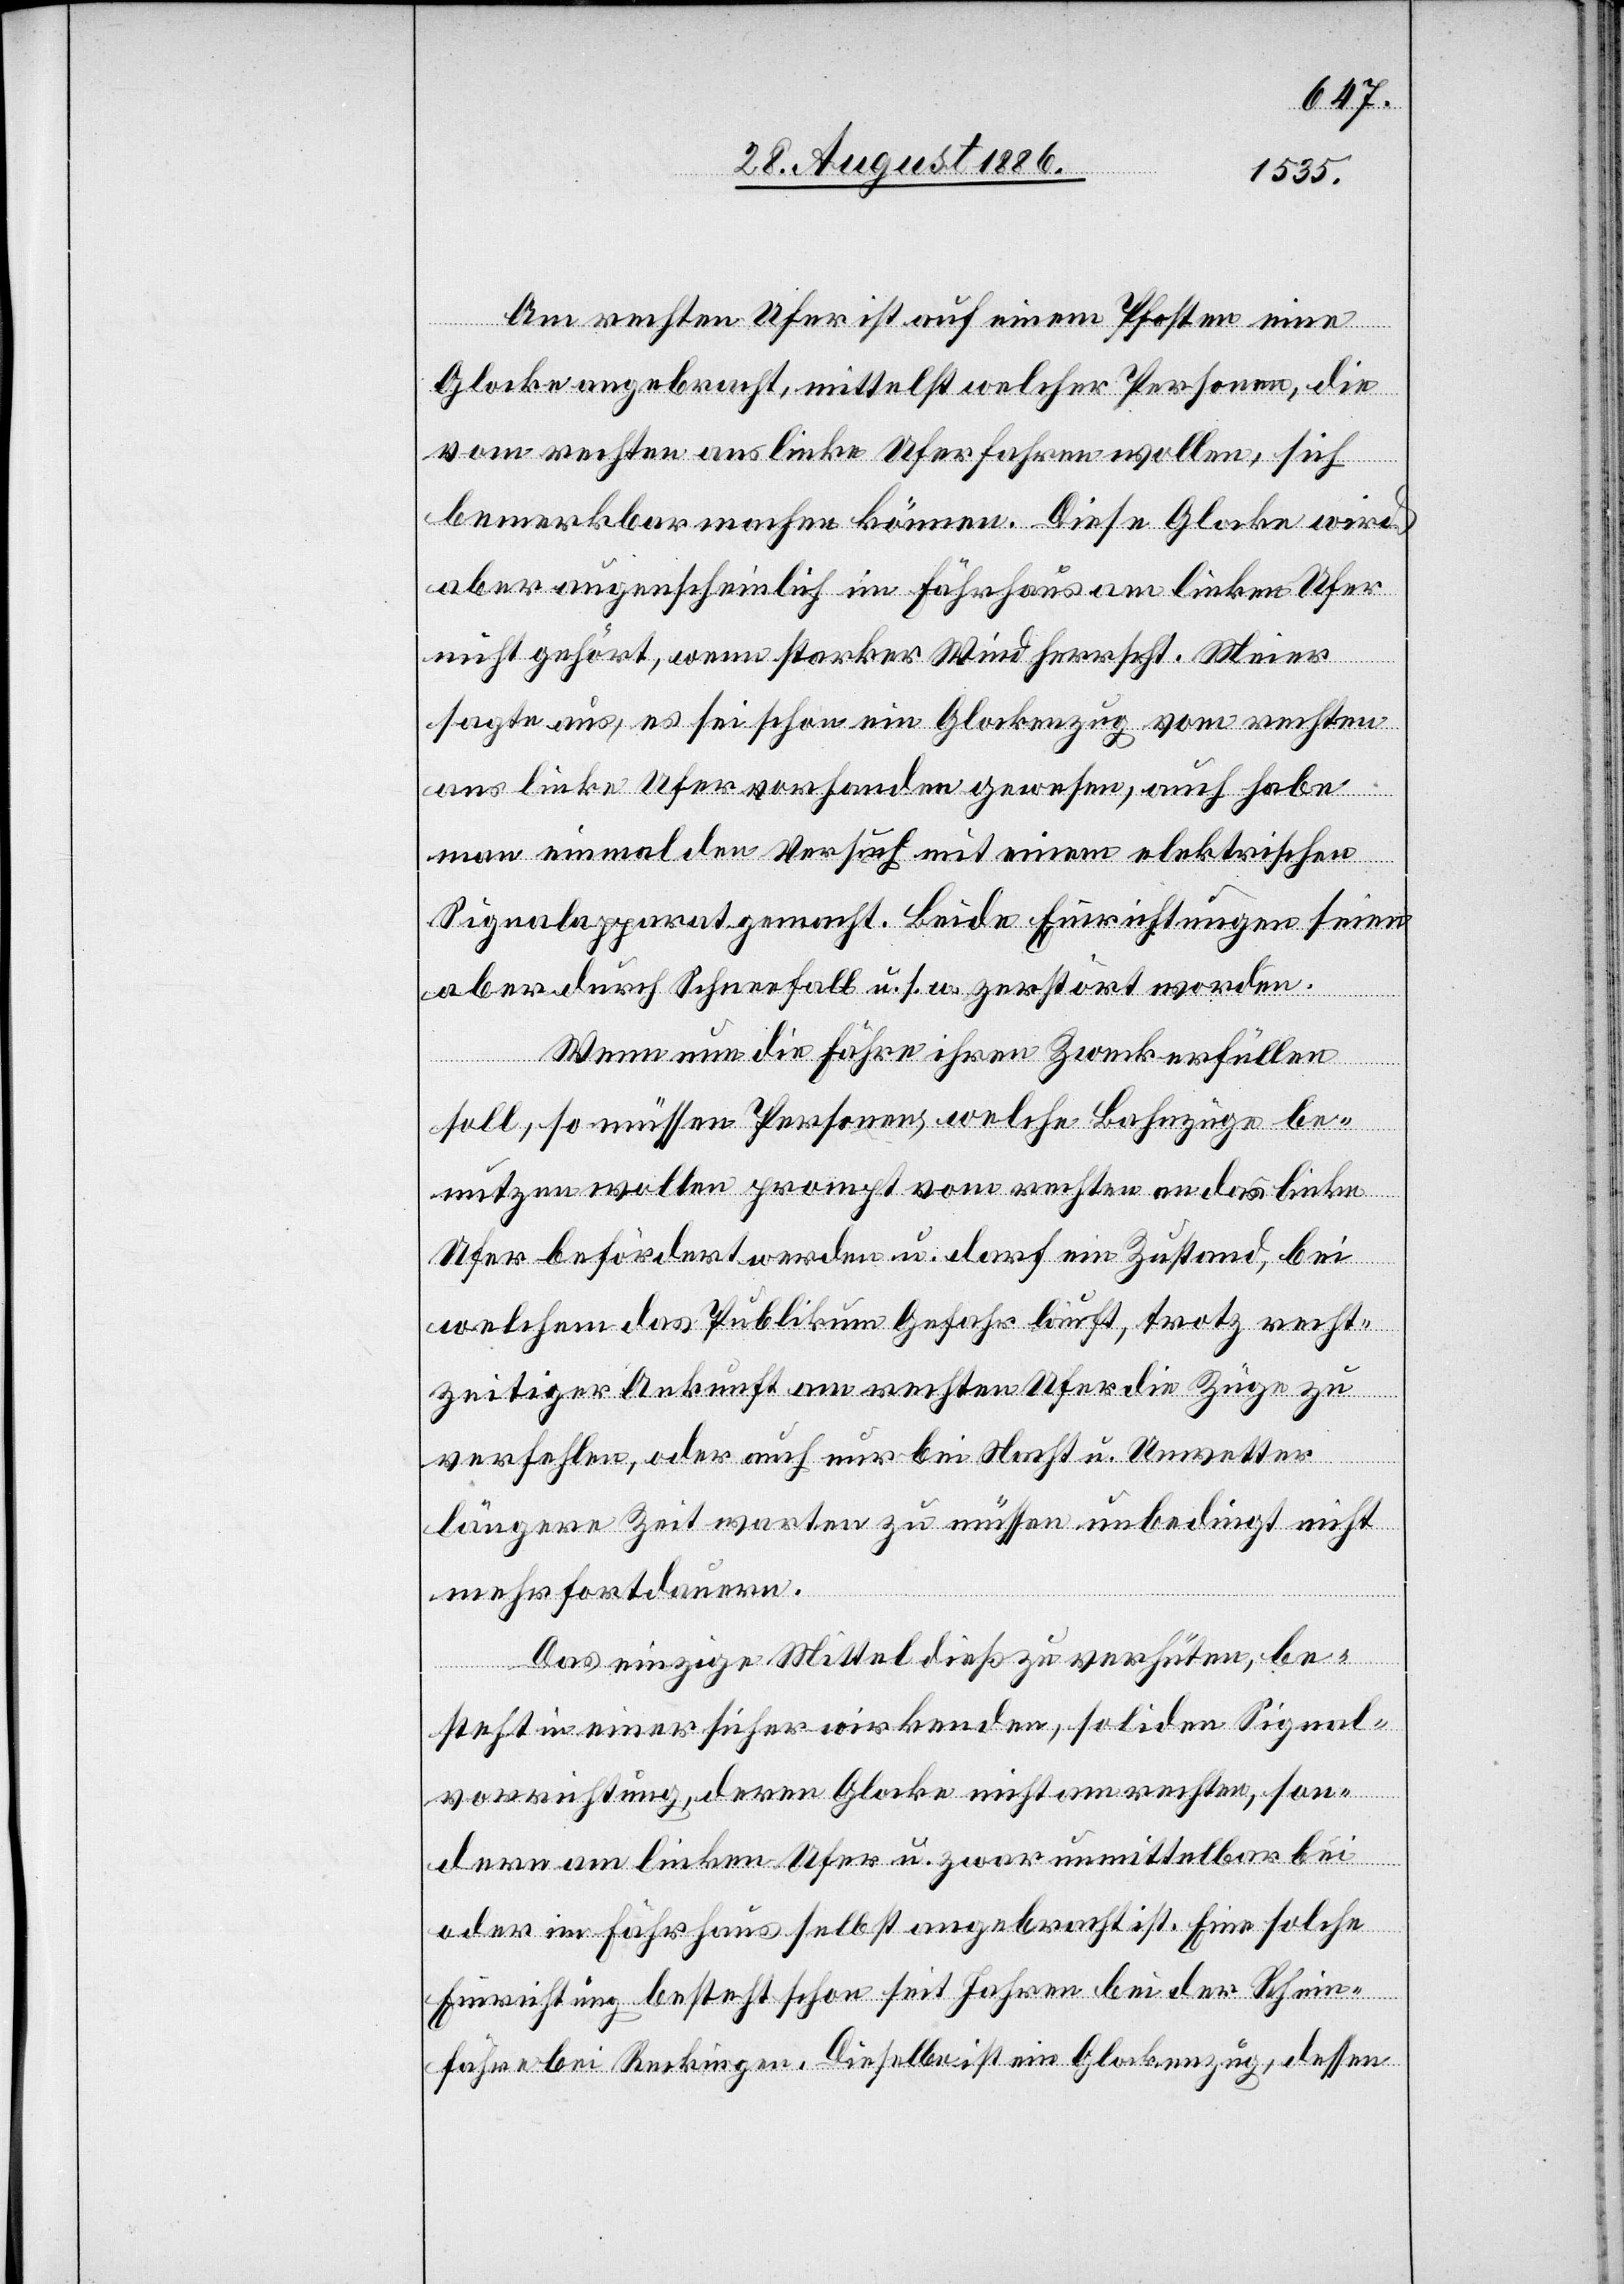
Am rechten Ufer ist auf einem Pfosten eine
Glocke angebracht, mittelst welcher Personen, die
vom rechten ans linke Ufer fahren wollen, sich
bemerkbar machen können. Diese Glocke wird
aber augenscheinlich im Fährhaus am linken Ufer
nicht gehört, wenn starker Wind herrscht. Meier
sagte aus, es sei schon ein Glockenzug vom rechten
ans linke Ufer vorhanden gewesen, auch habe
man einmal den Versuch mit einem elektrischen
Signalapparat gemacht. Beide Einrichtungen seien
aber durch Schneefall u. s. w. zerstört worden.
Wenn nun die Fähre ihren Zweck erfüllen
soll, so müssen Personen, welche Bahnzüge be¬
nutzen wollen prompt vom rechten an das linke
Ufer befördert werden u. darf ein Zustand, bei
welchem das Publikum Gefahr läuft, trotz recht¬
zeitiger Ankunft am rechten Ufer die Züge zu
verfehlen, oder auch nur bei Nacht u. Unwetter
längere Zeit warten zu müssen unbedingt nicht
mehr fortdauern.
Das einzige Mittel dieß zu verhüten, be¬
steht in einer sicher wirkenden, soliden Signal¬
vorrichtung, deren Glocke nicht am rechten, son¬
dern am linken Ufer u. zwar unmittelbar bei
oder im Fährhaus selbst angebracht ist. Eine solche
Einrichtung besteht schon seit Jahren bei der Rhein¬
fähre bei Reckingen. Dieselbe ist ein Glockenzug, dessen